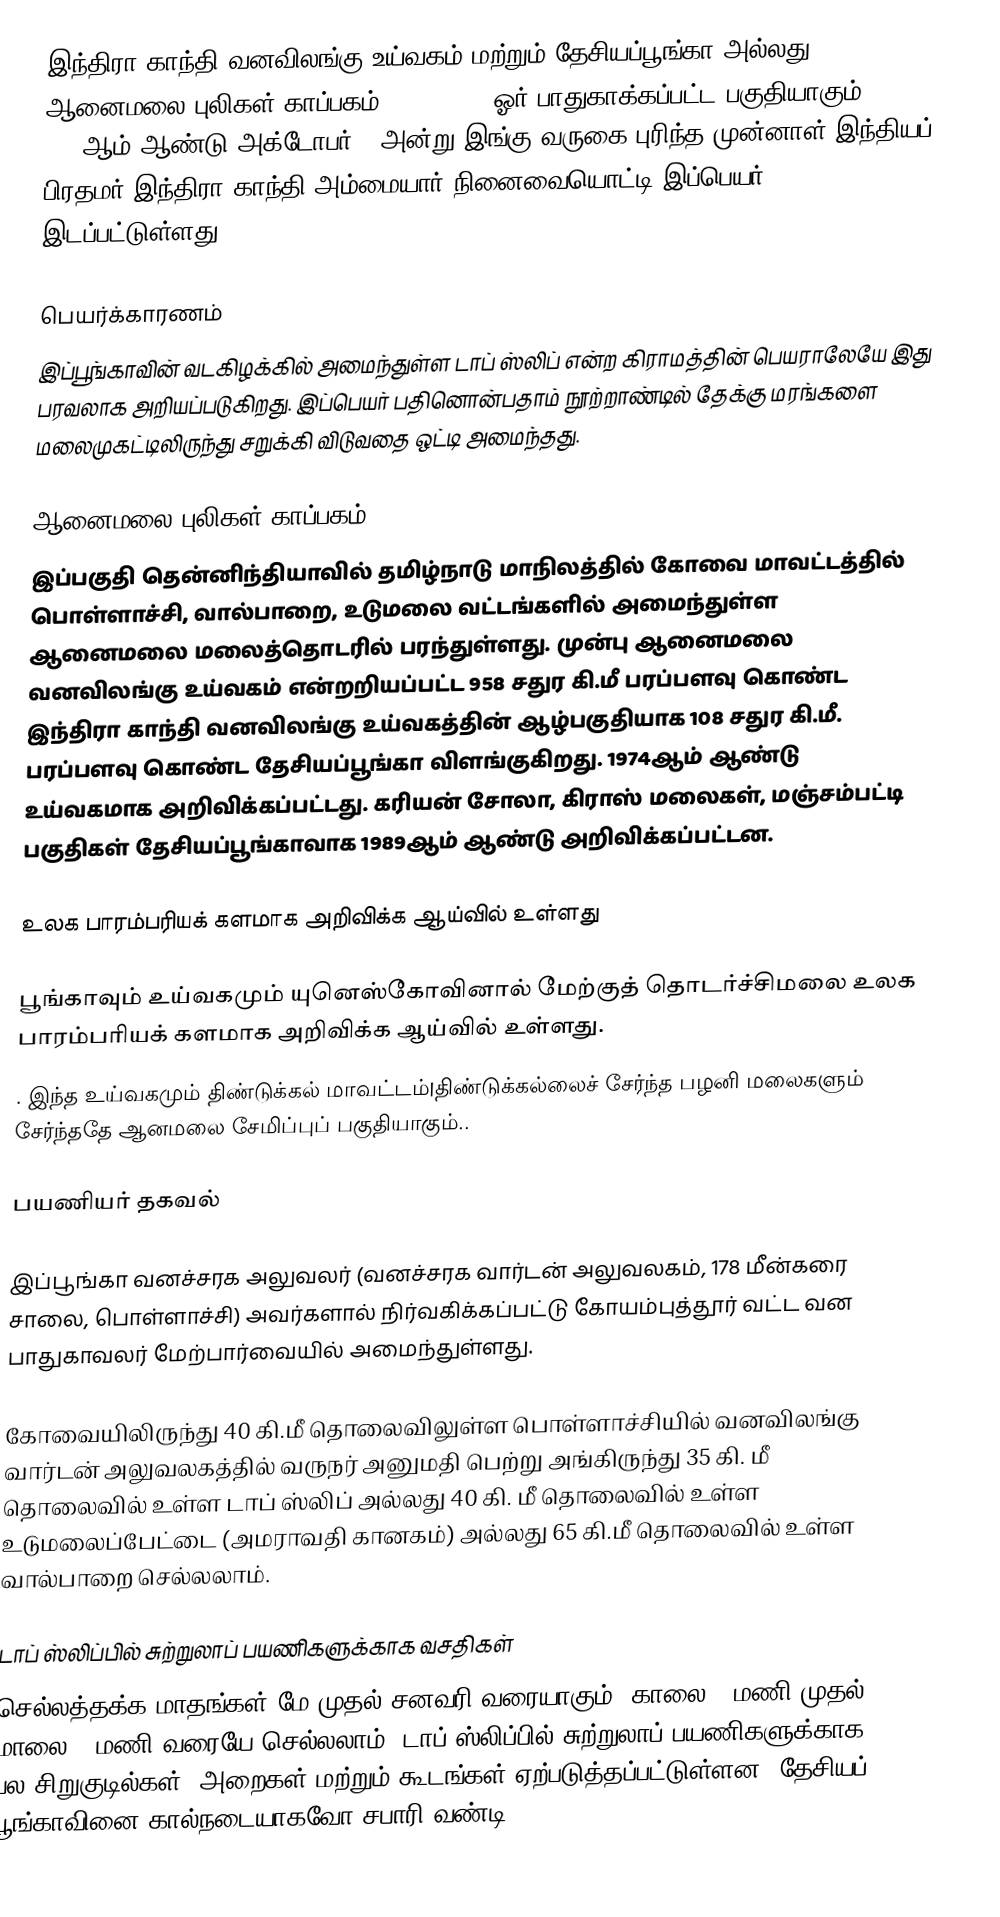
இந்திரா காந்தி வனவிலங்கு உய்வகம் மற்றும் தேசியப்பூங்கா அல்லது ஆனைமலை புலிகள் காப்பகம் (IGWLS&NP) ஓர் பாதுகாக்கப்பட்ட பகுதியாகும். 1961ஆம் ஆண்டு அக்டோபர் 7 அன்று இங்கு வருகை புரிந்த முன்னாள் இந்தியப் பிரதமர் இந்திரா காந்தி அம்மையார் நினைவையொட்டி இப்பெயர் இடப்பட்டுள்ளது.

பெயர்க்காரணம்
இப்பூங்காவின் வடகிழக்கில் அமைந்துள்ள டாப் ஸ்லிப் என்ற கிராமத்தின் பெயராலேயே இது பரவலாக அறியப்படுகிறது. இப்பெயர் பதினொன்பதாம் நூற்றாண்டில் தேக்கு மரங்களை மலைமுகட்டிலிருந்து சறுக்கி விடுவதை ஒட்டி அமைந்தது.

ஆனைமலை புலிகள் காப்பகம்
இப்பகுதி தென்னிந்தியாவில் தமிழ்நாடு மாநிலத்தில் கோவை மாவட்டத்தில் பொள்ளாச்சி, வால்பாறை, உடுமலை வட்டங்களில் அமைந்துள்ள ஆனைமலை மலைத்தொடரில் பரந்துள்ளது. முன்பு ஆனைமலை வனவிலங்கு உய்வகம் என்றறியப்பட்ட 958 சதுர கி.மீ பரப்பளவு கொண்ட இந்திரா காந்தி வனவிலங்கு உய்வகத்தின் ஆழ்பகுதியாக 108 சதுர கி.மீ. பரப்பளவு கொண்ட தேசியப்பூங்கா விளங்குகிறது. 1974ஆம் ஆண்டு உய்வகமாக அறிவிக்கப்பட்டது. கரியன் சோலா, கிராஸ் மலைகள், மஞ்சம்பட்டி பகுதிகள் தேசியப்பூங்காவாக 1989ஆம் ஆண்டு அறிவிக்கப்பட்டன.

உலக பாரம்பரியக் களமாக அறிவிக்க ஆய்வில் உள்ளது

பூங்காவும் உய்வகமும் யுனெஸ்கோவினால் மேற்குத் தொடர்ச்சிமலை உலக பாரம்பரியக் களமாக அறிவிக்க ஆய்வில் உள்ளது.
.  இந்த உய்வகமும் திண்டுக்கல் மாவட்டம்|திண்டுக்கல்லைச் சேர்ந்த பழனி மலைகளும் சேர்ந்ததே ஆனமலை சேமிப்புப் பகுதியாகும்..

பயணியர் தகவல்

இப்பூங்கா வனச்சரக அலுவலர் (வனச்சரக வார்டன் அலுவலகம், 178 மீன்கரை சாலை, பொள்ளாச்சி) அவர்களால் நிர்வகிக்கப்பட்டு கோயம்புத்தூர் வட்ட வன பாதுகாவலர் மேற்பார்வையில் அமைந்துள்ளது.

கோவையிலிருந்து 40 கி.மீ தொலைவிலுள்ள பொள்ளாச்சியில் வனவிலங்கு வார்டன் அலுவலகத்தில் வருநர் அனுமதி பெற்று அங்கிருந்து 35 கி. மீ தொலைவில் உள்ள டாப் ஸ்லிப் அல்லது 40 கி. மீ தொலைவில் உள்ள உடுமலைப்பேட்டை (அமராவதி கானகம்) அல்லது 65 கி.மீ தொலைவில் உள்ள வால்பாறை செல்லலாம்.

டாப் ஸ்லிப்பில் சுற்றுலாப் பயணிகளுக்காக வசதிகள்
செல்லத்தக்க மாதங்கள் மே முதல் சனவரி வரையாகும். காலை 6 மணி முதல் மாலை 6 மணி வரையே செல்லலாம். டாப் ஸ்லிப்பில் சுற்றுலாப் பயணிகளுக்காக பல சிறுகுடில்கள், அறைகள் மற்றும் கூடங்கள் ஏற்படுத்தப்பட்டுள்ளன. தேசியப் பூங்காவினை கால்நடையாகவோ சபாரி வண்டி